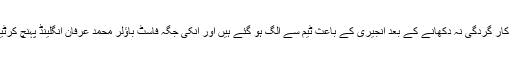
تیسرا محمد حفیظ بہترین کار گردگی نہ دکھانے کے بعد انجیری کے باعث ٹیم سے الگ ہو گئے ہیں اور اُنکی جگہ فاسٹ باؤلر محمد عرفان انگلینڈ پہنچ کرٹیم میں شامل ہو گئے ہیں۔